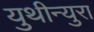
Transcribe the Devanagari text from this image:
युथीन्युरा